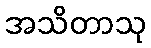
အသိတာသု